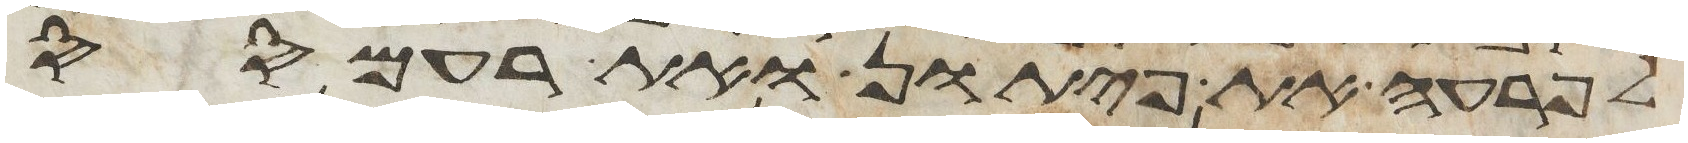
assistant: לפרעה את פיתון ואת רעמסס